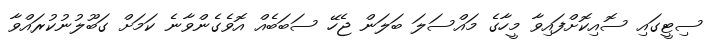
ސިޓީގައި ސޮއިކޮށްފައިވާ މީހާގެ މައްސަލަ ބަލަން ޖެހޭ ސަބަބެއް އޮވެގެންވާނެ ކަމަށް ގަބޫލުނުކުރައްވާ